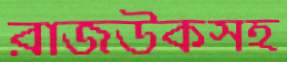
রাজউকসহ